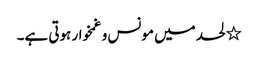
٭ لحد میں مونس و غمخوار ہوتی ہے۔